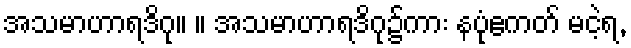
အသမာဟာရဒိဂု။ ။ အသမာဟာရဒိဂု၌ကား နပုံဧကတ် မငဲ့ရ,